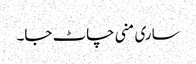
ساری منی چاٹ جا۔